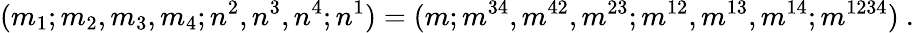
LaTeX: (m_{1};m_{2},m_{3},m_{4};n^{2},n^{3},n^{4};n^{1})=(m;m^{34},m^{42},m^{23};m^{12},m^{13},m^{14};m^{1234})\ .